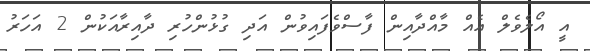
އީ އޯލެވެލް އެއް މާއްދާއިން ފާސްވެފައިވުން އަދި ގުޅުންހުރި ދާއިރާއަކުން 2 އަހަރު